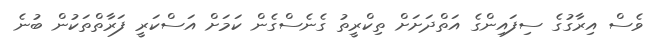
ވެސް އިރާގުގެ ސިފައިންގެ އަތްދަށަށް ތިކްރީތު ގެނެސްގެން ކަަމަށް އަސްކަރީ ފަރާތްތަކުން ބުނެ